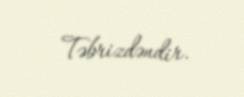
Təbrizdəndir.